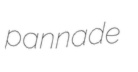
pannade